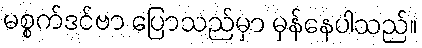
မစ္စက်ဒင်ဗာ ပြောသည်မှာ မှန်နေပါသည်။